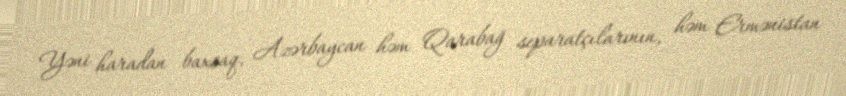
Yəni haradan baxsaq, Azərbaycan həm Qarabağ separatçılarının, həm Ermənistan